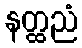
နတ္ထညံ